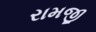
રામજી